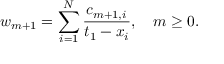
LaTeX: w _ { m + 1 } = \sum _ { i = 1 } ^ { N } { \frac { c _ { m + 1 , i } } { t _ { 1 } - x _ { i } } } , \quad m \ge 0 .